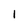
Character: l